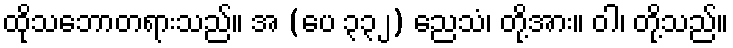
ထိုသဘောတရားသည်။ အ (ပေ ၃၃၂) ညေသံ၊ တို့အား။ ဝါ၊ တို့သည်။